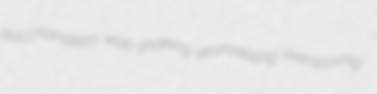
bacchanalism wall-shaking aromatising overscoring